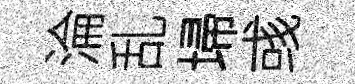
淪乱埽彧